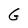
Character: G